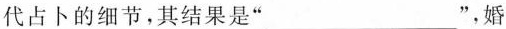
代占卜的细节，其结果是”___”，婚